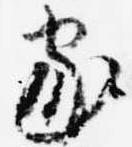
家